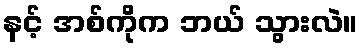
နင့် အစ်ကိုက ဘယ် သွားလဲ။